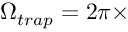
\Omega _ { t r a p } = 2 \pi \times